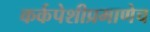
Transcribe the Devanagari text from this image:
कर्कपेशीप्रमाणेच